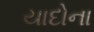
યાદોના